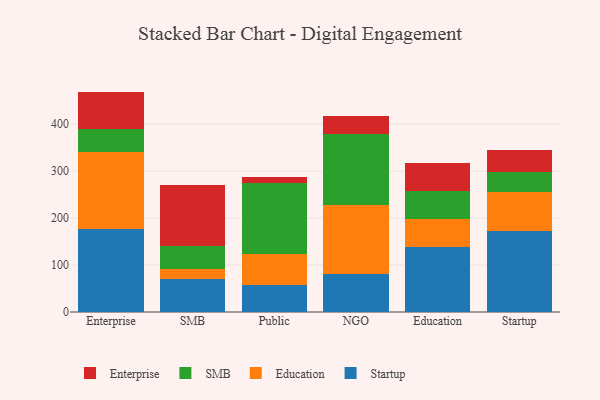
{"axis": {"x": "Segment", "y": "Budget (USD K)"}, "legend": ["Education", "Enterprise", "SMB", "Startup"], "data": [{"x": "Enterprise", "y": 176.8, "type": "Startup"}, {"x": "Enterprise", "y": 164.5, "type": "Education"}, {"x": "Enterprise", "y": 48.6, "type": "SMB"}, {"x": "Enterprise", "y": 79.4, "type": "Enterprise"}, {"x": "SMB", "y": 70.6, "type": "Startup"}, {"x": "SMB", "y": 20.9, "type": "Education"}, {"x": "SMB", "y": 48.6, "type": "SMB"}, {"x": "SMB", "y": 129.4, "type": "Enterprise"}, {"x": "Public", "y": 57.0, "type": "Startup"}, {"x": "Public", "y": 67.3, "type": "Education"}, {"x": "Public", "y": 150.1, "type": "SMB"}, {"x": "Public", "y": 14.0, "type": "Enterprise"}, {"x": "NGO", "y": 81.7, "type": "Startup"}, {"x": "NGO", "y": 147.0, "type": "Education"}, {"x": "NGO", "y": 151.1, "type": "SMB"}, {"x": "NGO", "y": 36.8, "type": "Enterprise"}, {"x": "Education", "y": 139.0, "type": "Startup"}, {"x": "Education", "y": 58.1, "type": "Education"}, {"x": "Education", "y": 60.9, "type": "SMB"}, {"x": "Education", "y": 59.2, "type": "Enterprise"}, {"x": "Startup", "y": 171.6, "type": "Startup"}, {"x": "Startup", "y": 84.2, "type": "Education"}, {"x": "Startup", "y": 42.3, "type": "SMB"}, {"x": "Startup", "y": 46.2, "type": "Enterprise"}]}